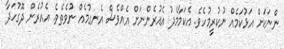
ންނަކަށް އަޅުކަމެއް ނުކުރީމުހެވެ. އެކަމާމެދު އެއުރެންނަށް އެއްވެސް އެނގުމެއް ނުވެތެވެ. އެއުރެން ދޮގުހަދާ